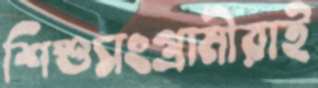
শিশুসংগ্রামীরাই